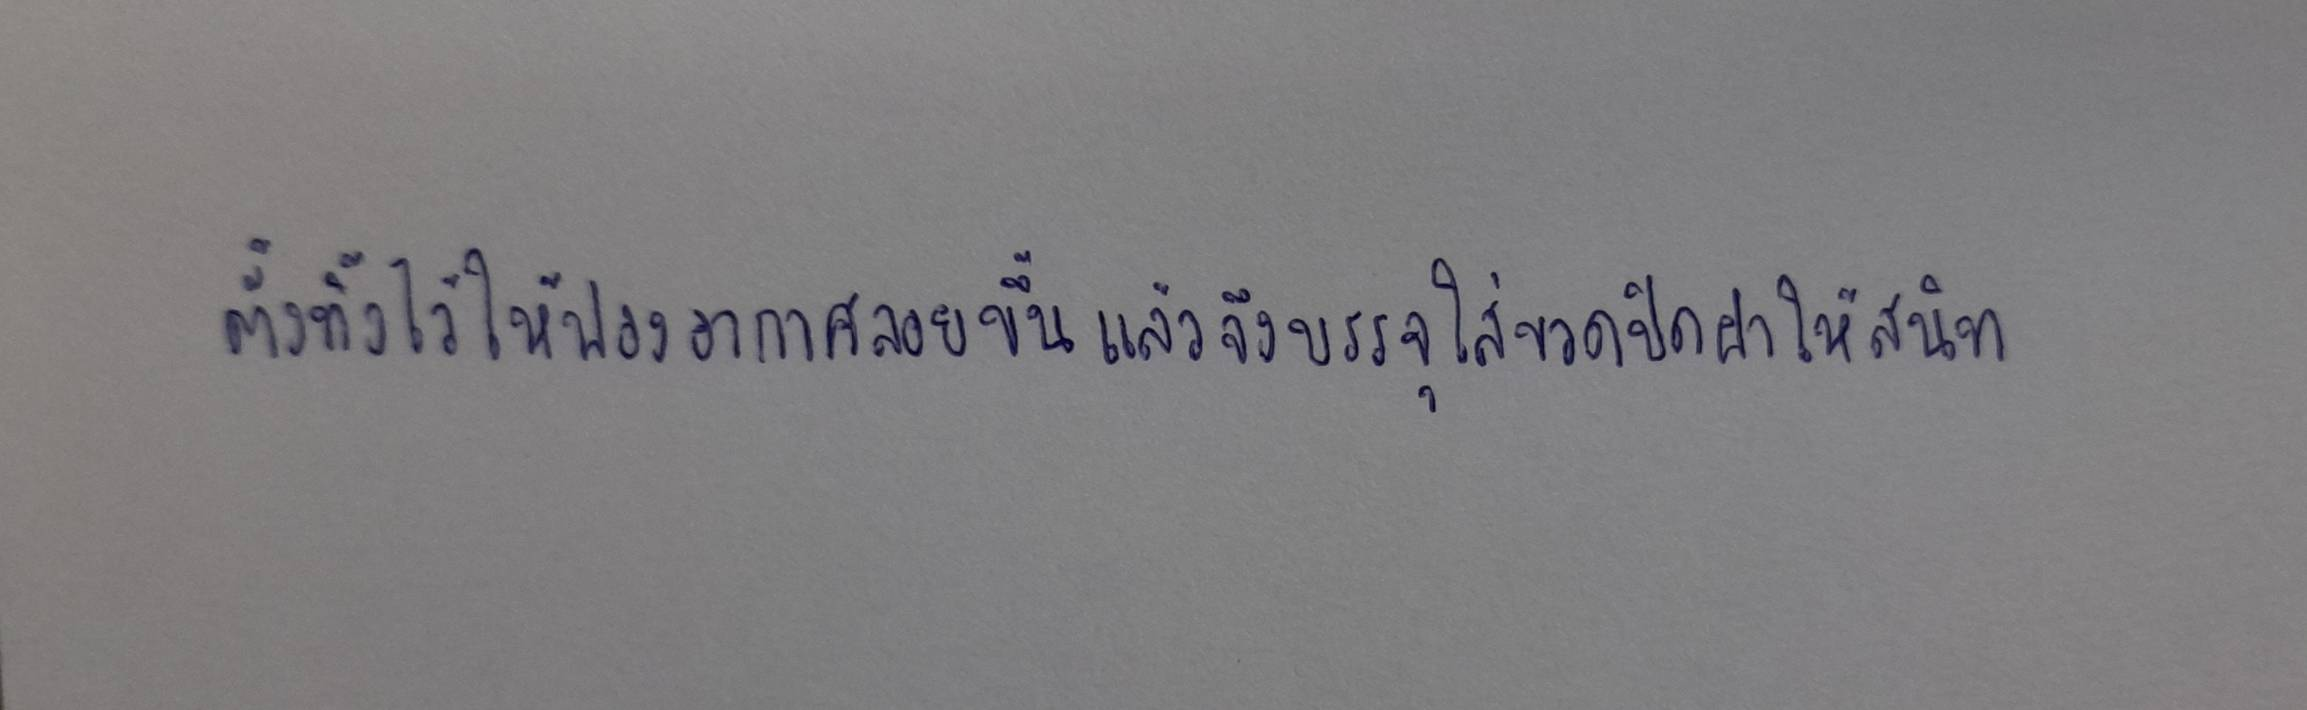
ตั้งทิ้งไว้ให้ฟองอากาศลอยขึ้นแล้วจึงบรรจุใส่ขวดปิดฝาให้สนิท